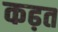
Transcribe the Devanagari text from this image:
कढ़त